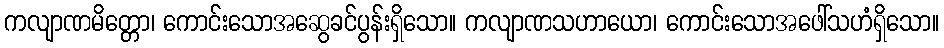
ကလျာဏမိတ္တော၊ ကောင်းသောအဆွေခင်ပွန်းရှိသော။ ကလျာဏသဟာယော၊ ကောင်းသောအဖေါ်သဟံရှိသော။